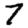
Digit: 7